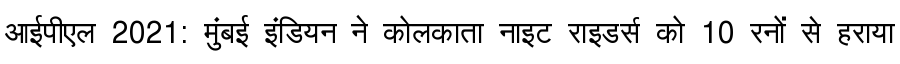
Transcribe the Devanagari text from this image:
आईपीएल 2021: मुंबई इंडियन ने कोलकाता नाइट राइडर्स को 10 रनों से हराया